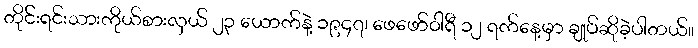
တိုင်းရင်းသားကိုယ်စားလှယ် ၂၃ ယောက်နဲ့ ၁၉၄၇၊ ဖေဖော်ဝါရီ ၁၂ ရက်နေ့မှာ ချုပ်ဆိုခဲ့ပါတယ်။